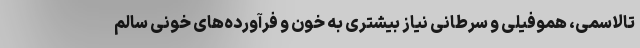
تالاسمی، هموفیلی و سرطانی نیاز بیشتری به خون و فرآورده‌های خونی سالم